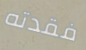
فقدته